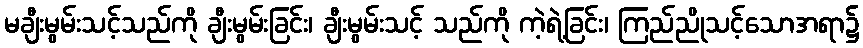
မချီးမွမ်းသင့်သည်ကို ချီးမွမ်းခြင်း၊ ချီးမွမ်းသင့် သည်ကို ကဲ့ရဲ့ခြင်း၊ ကြည်ညိုသင့်သောအရာ၌